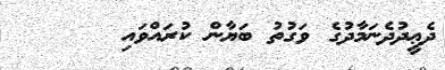
ދެޢީދުދެނަމާދުގެ ވަގުތު ބަޔާން ކުރައްވައި